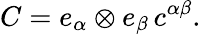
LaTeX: C=e_{\alpha}\otimes e_{\beta}\, c^{\alpha\beta}.